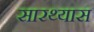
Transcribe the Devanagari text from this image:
सारथ्यास